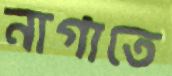
নাগাতে